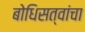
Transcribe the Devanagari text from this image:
बोधिसत्वांचा